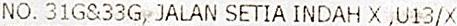
NO. 31G&33G, JALAN SETIA INDAH X ,U13/X